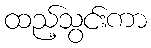
ထည့်သွင်းကာ